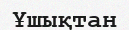
Ұшықтан